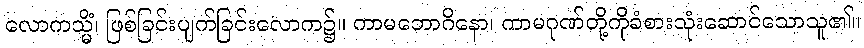
လောကသ္မိံ၊ ဖြစ်ခြင်းပျက်ခြင်းလောက၌။ ကာမဘောဂိနော၊ ကာမဂုဏ်တို့ကိုခံစားသုံးဆောင်သောသူ၏။